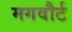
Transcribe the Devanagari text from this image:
मगवौर्ट